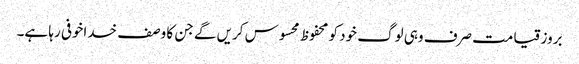
بروز قیامت صرف وہی لوگ خود کو محفوظ محسوس کریں گے جن کا وصف خداخوفی رہا ہے۔